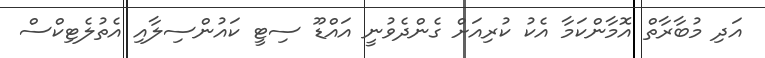
އަދި މުބާރާތް އޮމާންކަމާ އެކު ކުރިއަށް ގެންދެވުނީ އައްޑޫ ސިޓީ ކައުންސިލާއި އެތުލެޓިކްސް